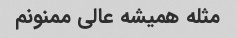
مثله همیشه عالی ممنونم